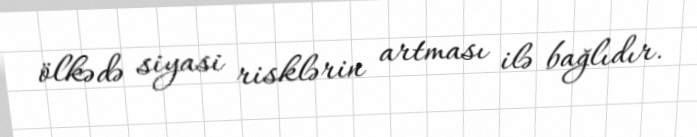
ölkədə siyasi risklərin artması ilə bağlıdır.